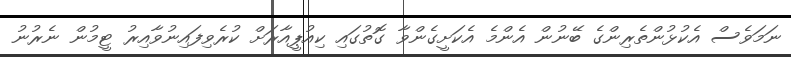
ނަމަވެސް އެކުޅުންތެރިންގެ ބޭނުން އެންމެ އެކަށީގެންވާ ގޮތުގައި ކިއުޕީއާރަށް ކުރެވިފައިނުވާއިރު ޓީމުން ނެރުނު